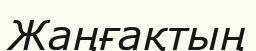
Жаңғақтың